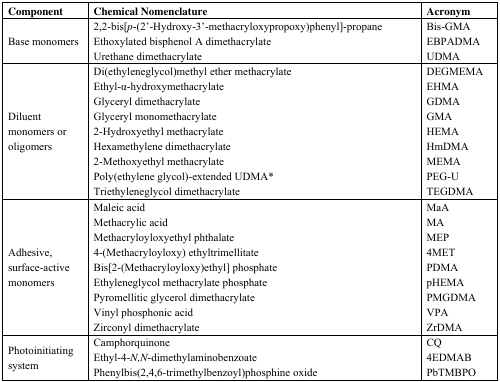
<table><thead><tr><td><b>Component</b></td><td><b>Chemical Nomenclature</b></td><td><b>Acronym</b></td></tr></thead><tbody><tr><td rowspan="3">Base monomers</td><td>2,2-bis[<i>p</i>-(2’-Hydroxy-3’-methacryloxypropoxy)phenyl]-propane</td><td>Bis-GMA</td></tr><tr><td>Ethoxylated bisphenol A dimethacrylate</td><td>EBPADMA</td></tr><tr><td>Urethane dimethacrylate</td><td>UDMA</td></tr><tr><td rowspan="9">Diluent monomers or oligomers</td><td>Di(ethyleneglycol)methyl ether methacrylate </td><td>DEGMEMA</td></tr><tr><td>Ethyl-α-hydroxymethacrylate</td><td>EHMA</td></tr><tr><td>Glyceryl dimethacrylate</td><td>GDMA</td></tr><tr><td>Glyceryl monomethacrylate</td><td>GMA</td></tr><tr><td>2-Hydroxyethyl methacrylate</td><td>HEMA</td></tr><tr><td>Hexamethylene dimethacrylate</td><td>HmDMA</td></tr><tr><td>2-Methoxyethyl methacrylate</td><td>MEMA</td></tr><tr><td>Poly(ethylene glycol)-extended UDMA*</td><td>PEG-U</td></tr><tr><td>Triethyleneglycol dimethacrylate</td><td>TEGDMA</td></tr><tr><td rowspan="9">Adhesive, surface-active monomers</td><td>Maleic acid </td><td>MaA</td></tr><tr><td>Methacrylic acid </td><td>MA</td></tr><tr><td>Methacryloyloxyethyl phthalate</td><td>MEP</td></tr><tr><td>4-(Methacryloyloxy) ethyltrimellitate</td><td>4MET</td></tr><tr><td>Bis[2-(Methacryloyloxy)ethyl] phosphate</td><td>PDMA</td></tr><tr><td>Ethyleneglycol methacrylate phosphate</td><td>pHEMA</td></tr><tr><td>Pyromellitic glycerol dimethacrylate</td><td>PMGDMA</td></tr><tr><td>Vinyl phosphonic acid </td><td>VPA</td></tr><tr><td>Zirconyl dimethacrylate</td><td>ZrDMA</td></tr><tr><td rowspan="3">Photoinitiating system</td><td>Camphorquinone</td><td>CQ</td></tr><tr><td>Ethyl-4-<i>N,N</i>-dimethylaminobenzoate</td><td>4EDMAB</td></tr><tr><td>Phenylbis(2,4,6-trimethylbenzoyl)phosphine oxide </td><td>PbTMBPO</td></tr></tbody></table>